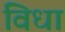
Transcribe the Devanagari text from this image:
विधा